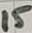
Text: 15